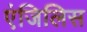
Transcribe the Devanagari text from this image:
एंजिलिस